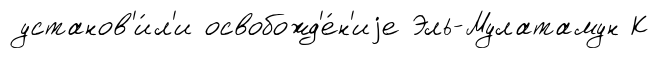
установ'и́л'и освобожд'е́н'иjе Эль-Мулатамун К